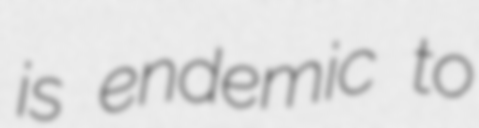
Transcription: is endemic to